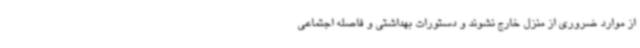
از موارد ضروری از منزل خارج نشوند و دستورات بهداشتی و فاصله اجتماعی